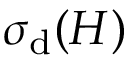
\sigma _ { \mathrm { d } } ( H )